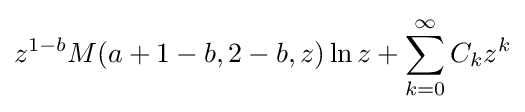
z^{1-b}M(a+1-b,2-b,z)\ln z+\sum _{k=0}^{\infty }C_{k}z^{k}